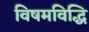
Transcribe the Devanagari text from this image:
विषमविद्धि